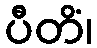
ပီတိံ၊